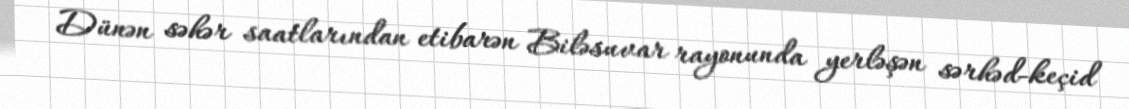
Dünən səhər saatlarından etibarən Biləsuvar rayonunda yerləşən sərhəd-keçid